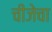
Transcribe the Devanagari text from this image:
चीजेचा